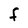
Character: F